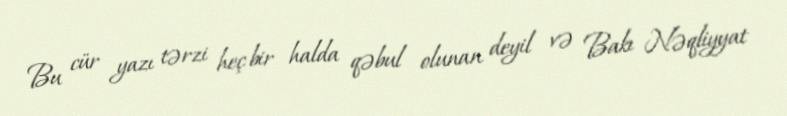
Bu cür yazı tərzi heç bir halda qəbul olunan deyil və Bakı Nəqliyyat